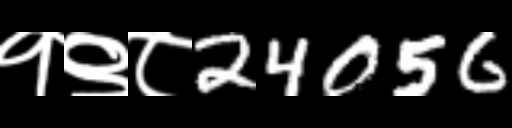
Text: १९८24056